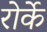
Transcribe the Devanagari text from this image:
रोर्के